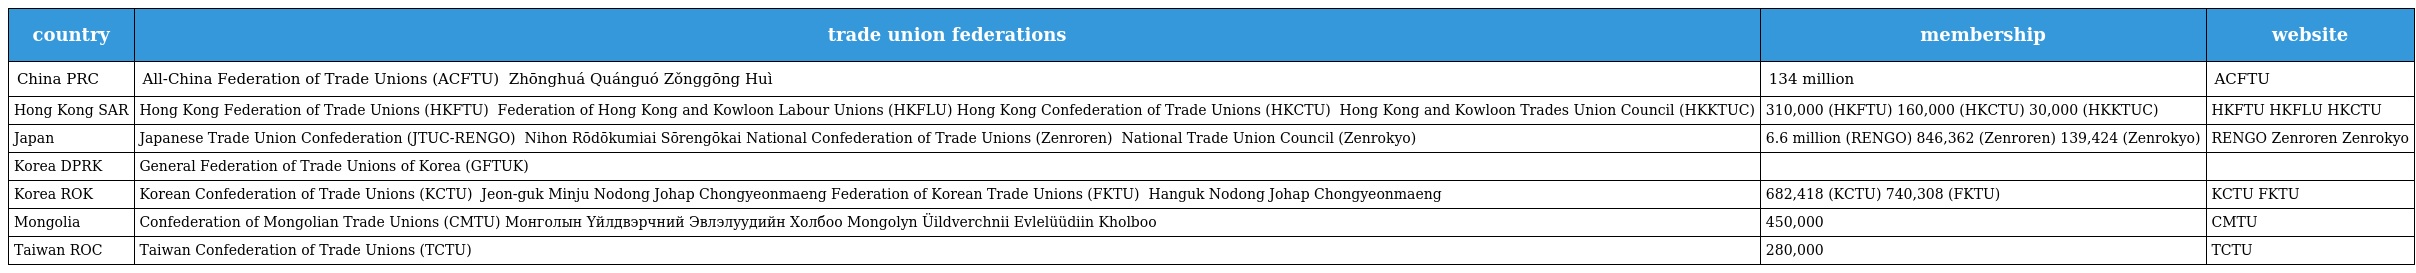
| country | trade union federations | membership | website |
 | --- | --- | --- | --- |
 | China PRC | All-China Federation of Trade Unions (ACFTU) 中华全国总工会 Zhōnghuá Quánguó Zǒnggōng Huì | 134 million | ACFTU |
 | Hong Kong SAR | Hong Kong Federation of Trade Unions (HKFTU) 香港工會聯合會 Federation of Hong Kong and Kowloon Labour Unions (HKFLU)港九勞工社團聯會 Hong Kong Confederation of Trade Unions (HKCTU) 香港職工會聯盟 Hong Kong and Kowloon Trades Union Council (HKKTUC)港九工團聯合總會 | 310,000 (HKFTU) 160,000 (HKCTU) 30,000 (HKKTUC) | HKFTU HKFLU HKCTU |
 | Japan | Japanese Trade Union Confederation (JTUC-RENGO) 日本労働組合総連合会 Nihon Rōdōkumiai Sōrengōkai National Confederation of Trade Unions (Zenroren) 全国労働組合総連合 National Trade Union Council (Zenrokyo) | 6.6 million (RENGO) 846,362 (Zenroren) 139,424 (Zenrokyo) | RENGO Zenroren Zenrokyo |
 | Korea DPRK | General Federation of Trade Unions of Korea (GFTUK) |  |  |
 | Korea ROK | Korean Confederation of Trade Unions (KCTU) 전국민주노동조합총연맹 Jeon-guk Minju Nodong Johap Chongyeonmaeng Federation of Korean Trade Unions (FKTU) 한국노동조합총연맹 Hanguk Nodong Johap Chongyeonmaeng | 682,418 (KCTU) 740,308 (FKTU) | KCTU FKTU |
 | Mongolia | Confederation of Mongolian Trade Unions (CMTU) Монголын Yйлдвэрчний Эвлэлyyдийн Холбоо Mongolyn Üildverchnii Evlelüüdiin Kholboo | 450,000 | CMTU |
 | Taiwan ROC | Taiwan Confederation of Trade Unions (TCTU) 全國產業總工會 | 280,000 | TCTU |